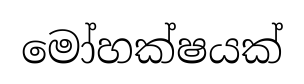
මෝහක්ෂයක්